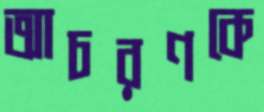
আচরণকে